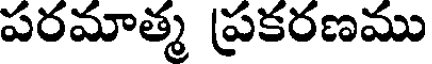
పరమాత్మ ప్రకరణము